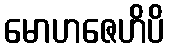
မောဟဇေဟိပိ